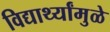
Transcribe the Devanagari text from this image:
विद्यार्थ्यांमुळे